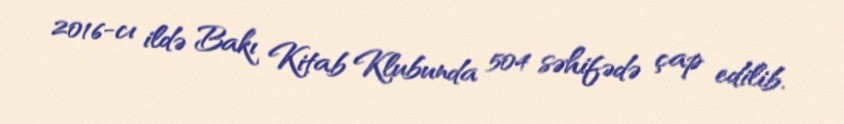
2016-cı ildə Bakı Kitab Klubunda 504 səhifədə çap edilib.